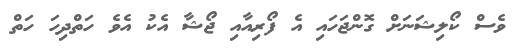
ވެސް ކޯލިޝަނަށް ގޮންޖަހައި އެ ފޯރިއާއި ޖޯޝާ އެކު އެވެ ހަތްދިހަ ހަތް